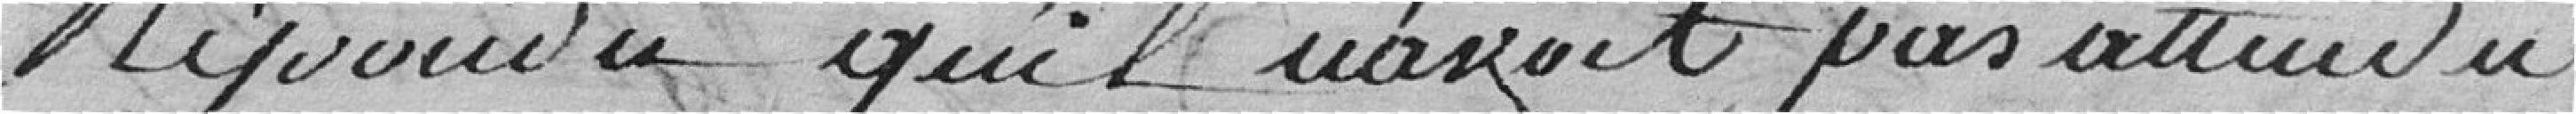
répondu qu'il n'avait pas attendu